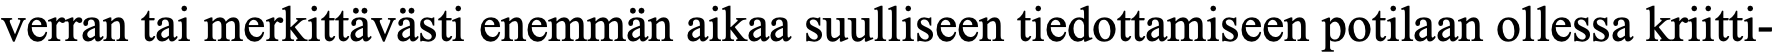
verran tai merkittävästi enemmän aikaa suulliseen tiedottamiseen potilaan ollessa kriitti-